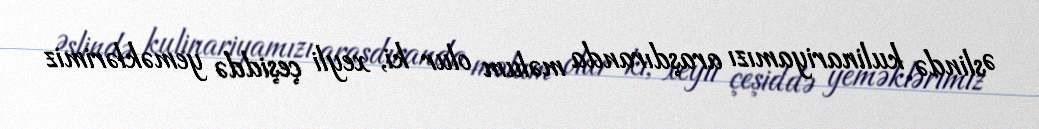
Əslində kulinariyamızı araşdıranda məlum olur ki, xeyli çeşiddə yeməklərimiz